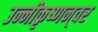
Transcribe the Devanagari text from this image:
उन्नीकृष्णन्‌वर